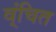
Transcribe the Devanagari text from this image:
व्ंचित